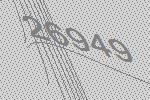
26949